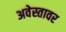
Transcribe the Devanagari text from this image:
अवेस्तावर